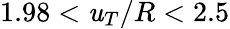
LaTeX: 1.98<\mathit{u}_{T}/R<2.5